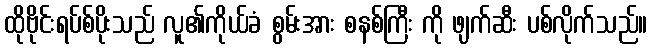
ထိုဗိုင်းရပ်စ်ပိုးသည် လူ၏ကိုယ်ခံ စွမ်းအား စနစ်ကြီး ကို ဖျက်ဆီး ပစ်လိုက်သည်။